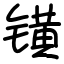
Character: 𨱑